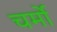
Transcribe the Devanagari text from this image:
चर्मो